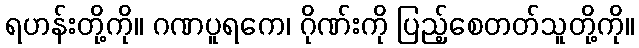
ရဟန်းတို့ကို။ ဂဏပူရကေ၊ ဂိုဏ်းကို ပြည့်စေတတ်သူတို့ကို။